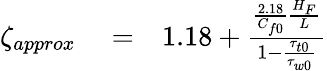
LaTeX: \begin{array}{rlr}{\zeta_{approx}}&{{}=}&{1.18+\frac{\frac{2.18}{C_{f0}}\frac{H_{F}}{L}}{1-\frac{\tau_{t0}}{\tau_{w0}}}}\end{array}